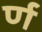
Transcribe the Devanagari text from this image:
र्ण